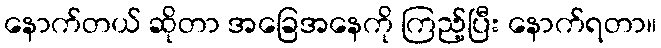
နောက်တယ် ဆိုတာ အခြေအနေကို ကြည့်ပြီး နောက်ရတာ။